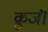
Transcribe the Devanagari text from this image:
क्रुजी